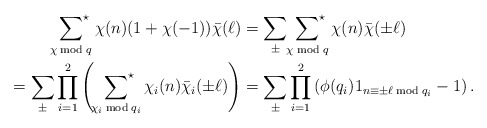
\begin{align*}\sideset{}{^\star}\sum_{\chi\bmod{q}}\chi(n)(1+\chi(-1))\bar\chi(\ell)&=\sum_\pm\sideset{}{^\star}\sum_{\chi\bmod{q}}\chi(n)\bar\chi(\pm\ell)\\=\sum_{\pm}\prod_{i=1}^2\left(\sideset{}{^\star}\sum_{\chi_i\bmod{q_i}}\chi_i(n)\bar\chi_i(\pm\ell)\right)&=\sum_{\pm}\prod_{i=1}^2\left(\phi(q_i)1_{n\equiv \pm\ell\bmod{q_i}}-1\right).\end{align*}